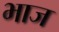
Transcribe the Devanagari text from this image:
भाज